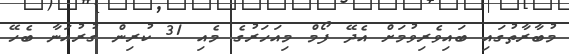
މުބާރާތުގައި ބައިވެރިވުމަށް އެދޭ ފޯމް މިއަހަރުގެ މެއި 31 ކުރިން ގުރުއަނާ ބެހޭ